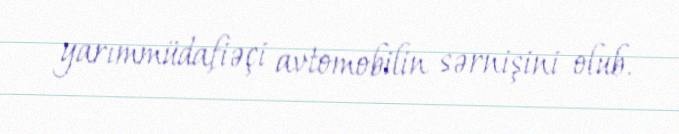
yarımmüdafiəçi avtomobilin sərnişini olub.